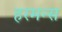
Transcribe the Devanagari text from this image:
हरमन्स